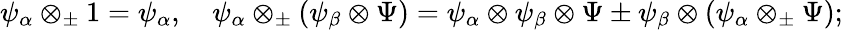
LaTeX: \psi_{\alpha}\otimes_{\pm}1=\psi_{\alpha},\quad\psi_{\alpha}\otimes_{\pm}(\psi_{\beta}\otimes\Psi)=\psi_{\alpha}\otimes\psi_{\beta}\otimes\Psi\pm\psi_{\beta}\otimes(\psi_{\alpha}\otimes_{\pm}\Psi);